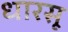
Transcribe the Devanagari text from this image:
धारसू